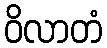
ဝိလာတံ